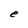
Character: e